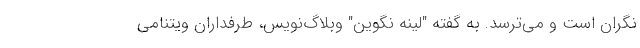
نگران است و می‌ترسد. به گفته "لینه نگوین" وبلاگ‌نویس، طرفداران ویتنامی